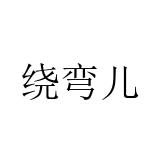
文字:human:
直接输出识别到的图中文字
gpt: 绕弯儿